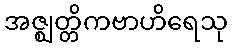
အဇ္ဈတ္တိကဗာဟိရေသု